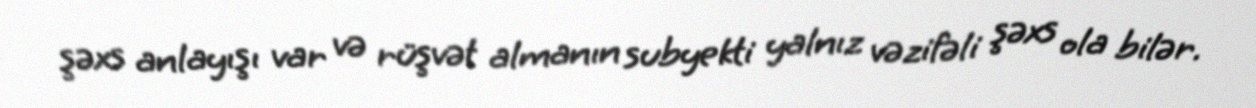
şəxs anlayışı var və rüşvət almanın subyekti yalnız vəzifəli şəxs ola bilər.